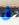
فى